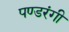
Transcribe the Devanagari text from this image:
पण्डरंगी